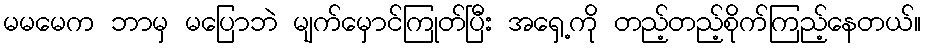
မမမေက ဘာမှ မပြောဘဲ မျက်မှောင်ကြုတ်ပြီး အရှေ့ကို တည့်တည့်စိုက်ကြည့်နေတယ်။